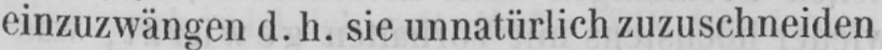
einzuzwängen d.h. sie unnatürlich zuzuschneiden